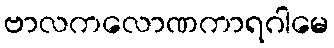
ဗာလကလောဏကာရဂါမေ